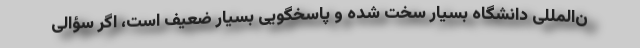
ن‌المللی دانشگاه بسیار سخت شده و پاسخگویی بسیار ضعیف است، اگر سؤالی